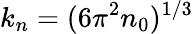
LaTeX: k_{n}=(6\pi^{2}n_{0})^{1/3}